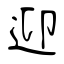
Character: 迎